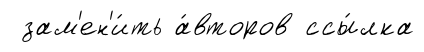
зам'ен'и́ть а́второв ссы́лка